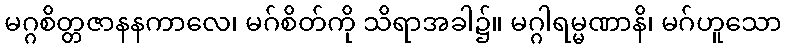
မဂ္ဂစိတ္တဇာနနကာလေ၊ မဂ်စိတ်ကို သိရာအခါ၌။ မဂ္ဂါရမ္မဏာနိ၊ မဂ်ဟူသော